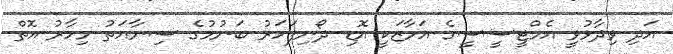
އަދި ވިދާޅުވީ އެމްޓީސީސީގެ އަމާޒަކީ އޮޑި ދޯނިފަހަރު ބަނުމުގެ ސިނާއަތު މިހާރު އޮތް